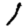
Digit: 1